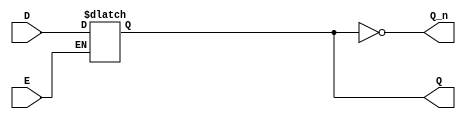
module latch_register (
    input wire D,         // Data input
    input wire E,         // Enable signal
    output reg Q,         // Output
    output wire Q_n       // Complement of output Q (optional)
);

// Initialize the latch to a known state (optional)
initial begin
    Q = 1'b0; // Set initial value to 0
end

// Latch behavior
always @(*) begin
    if (E) begin
        Q = D; // Store the value of D when Enable is high
    end
    // If E is low, Q retains its previous value
end

assign Q_n = ~Q; // Complement of output Q

endmodule